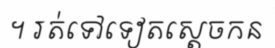
។ រត់ទៅទៀតស្តេចកន